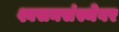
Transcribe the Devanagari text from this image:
श्वसनसंस्थेवर